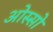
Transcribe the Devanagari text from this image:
ओस्सो